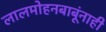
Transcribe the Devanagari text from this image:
लालमोहनबाबूंनाही